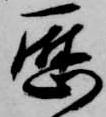
歴